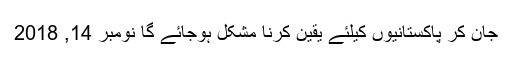
جان کر پاکستانیوں کیلئے یقین کرنا مشکل ہوجائے گا نومبر 14, 2018